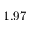
1 . 9 7